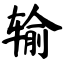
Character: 输